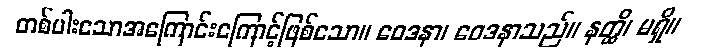
တစ်ပါးသောအကြောင်းကြောင့်ဖြစ်သော။ ဝေဒနာ၊ ဝေဒနာသည်။ နတ္ထိ၊ မရှိ။